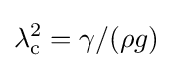
\lambda _{\rm {c}}^{2}=\gamma /(\rho g)